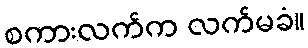
စကားလက်က လက်မခံ။